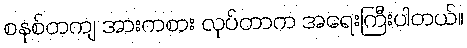
စနစ်တကျ အားကစား လုပ်တာက အရေးကြီးပါတယ်။